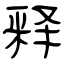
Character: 释